65_HS1-834228961_62-HQ-83894_Section_6
Agency: FBI
Page 192
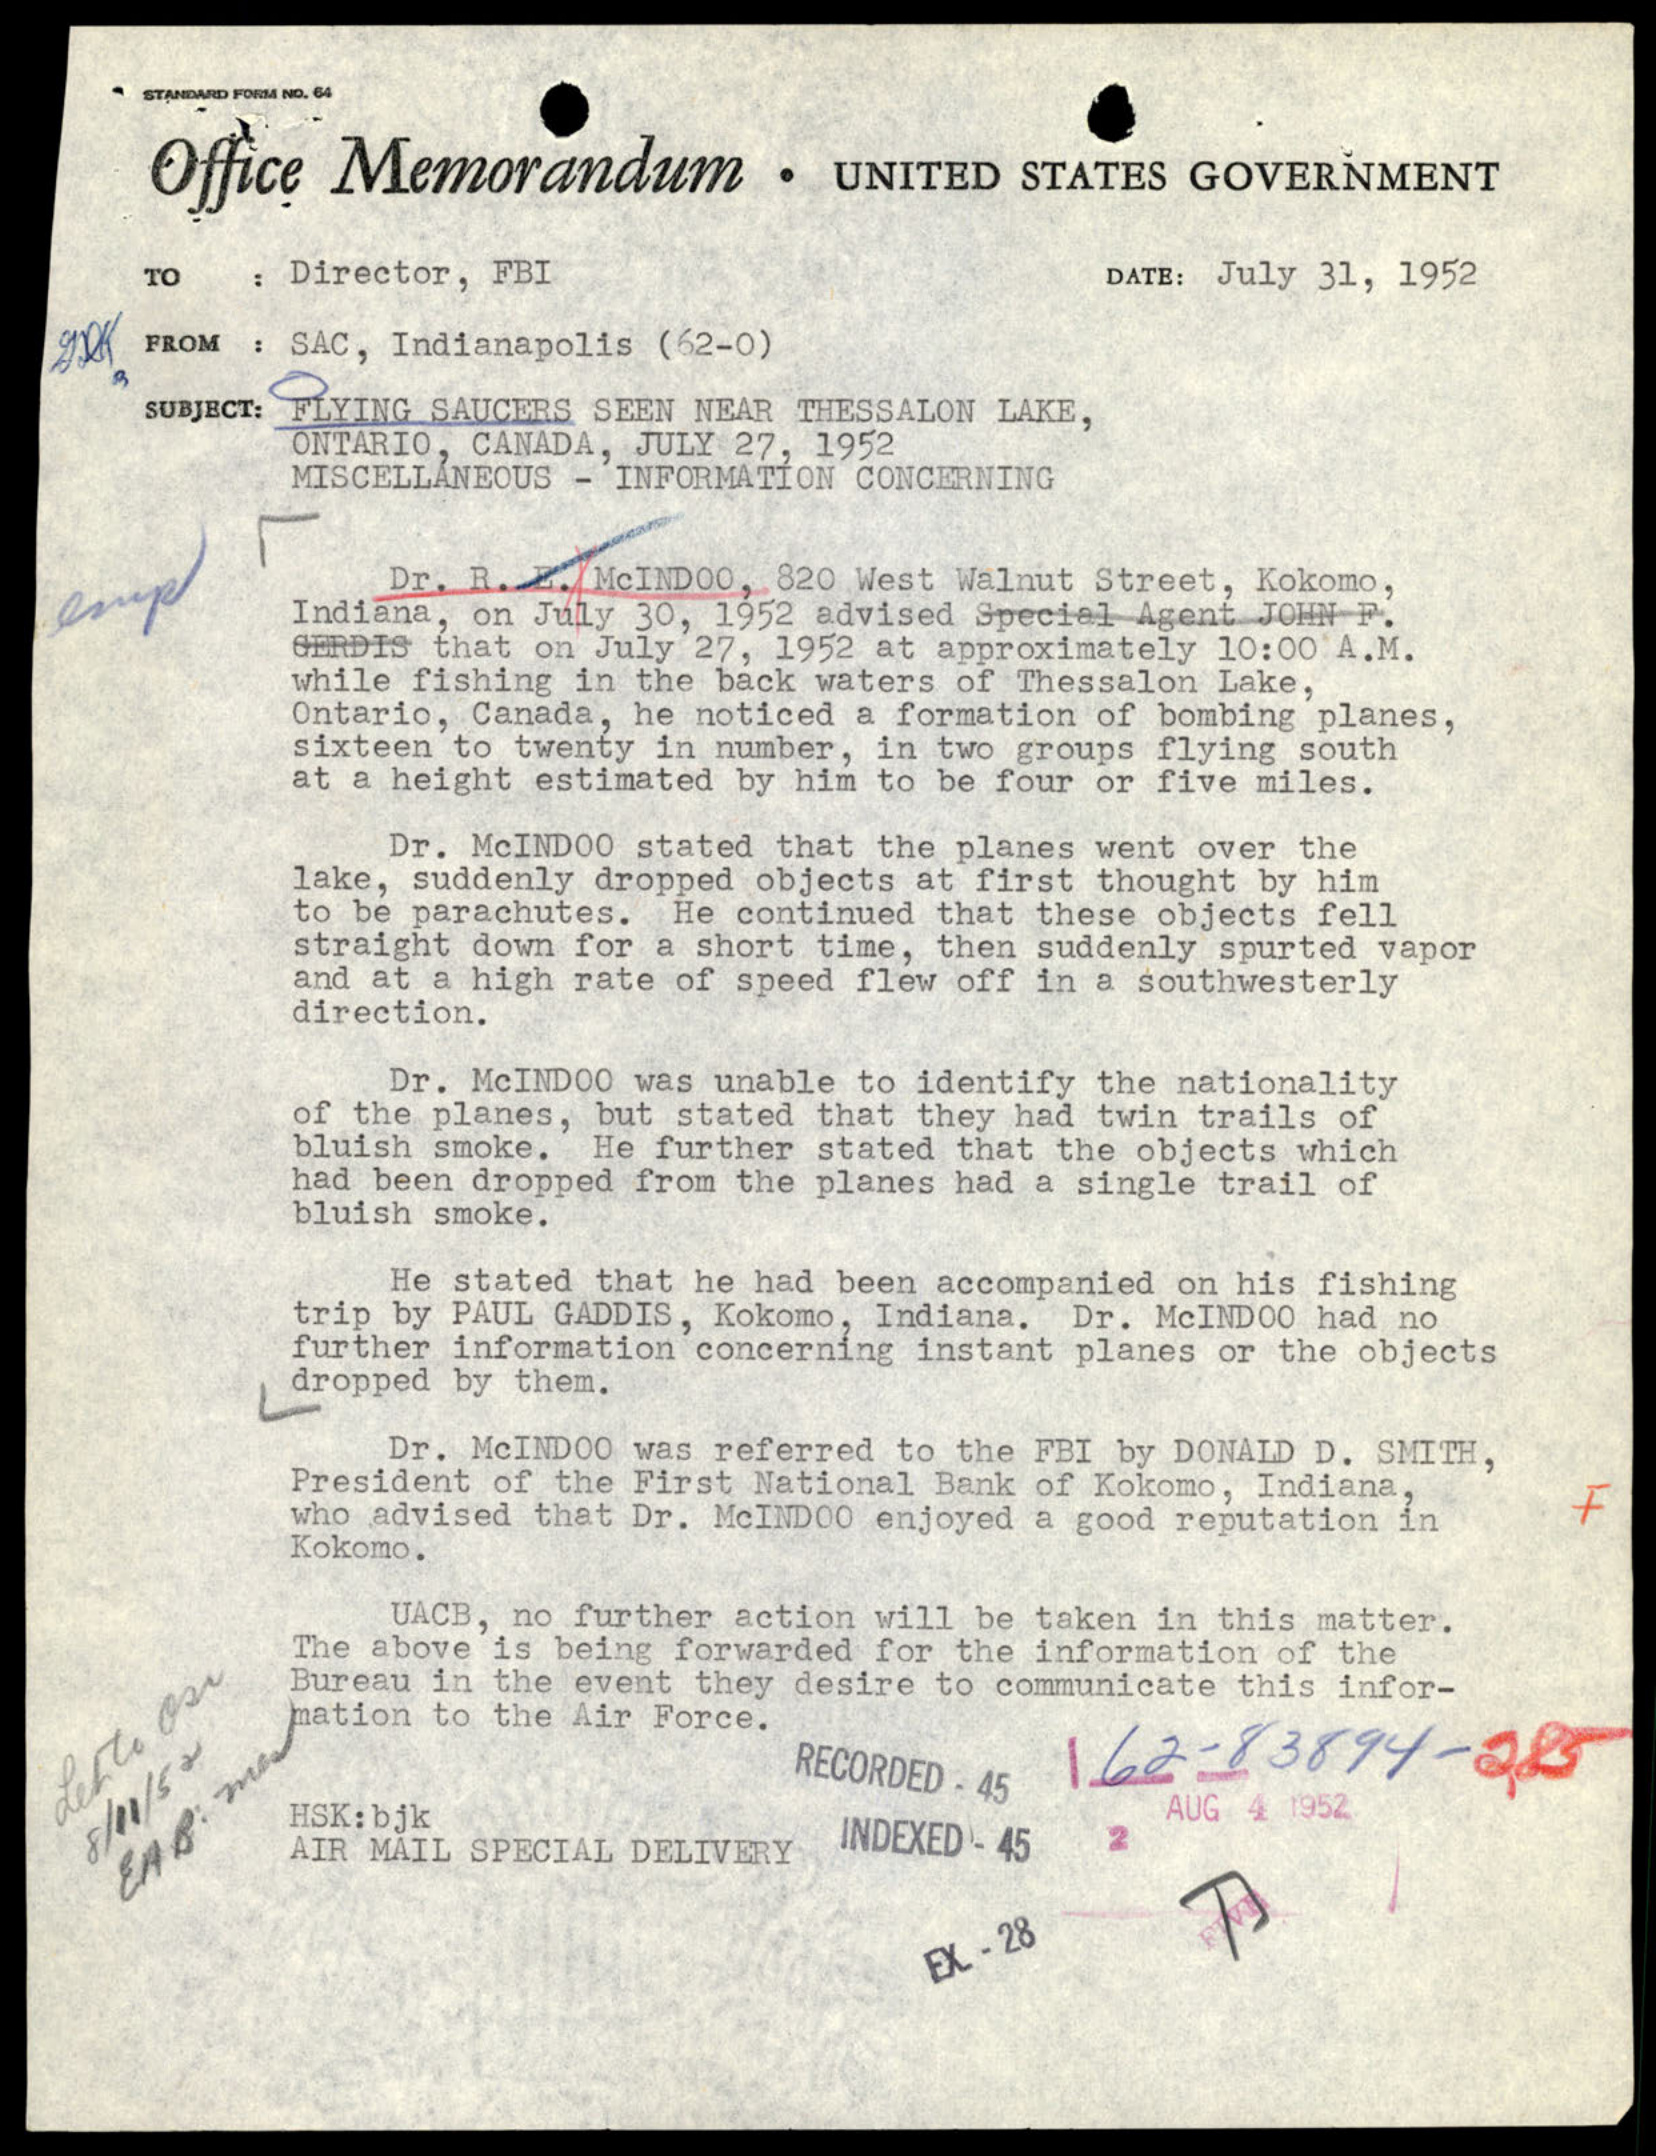